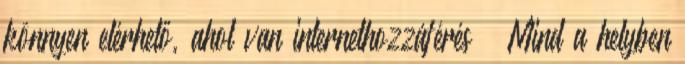
könnyen elérhető, ahol van internethozzáférés  Mind a helyben